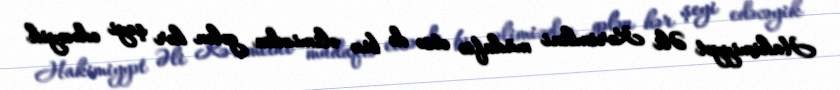
Hakimiyyət Əli Kərimlini müdafiə etsə də biz əlimizdən gələn hər şeyi edəcəyik